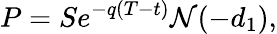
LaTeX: P=Se^{-q(T-t)}\mathcal{N}(-d_{1}),